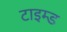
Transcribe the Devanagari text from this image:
टाइम्ड